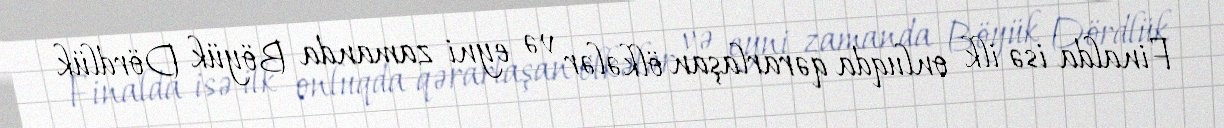
Finalda isə ilk onluqda qərarlaşan ölkələr və eyni zamanda Böyük Dördlük